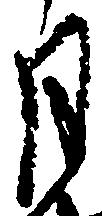
月